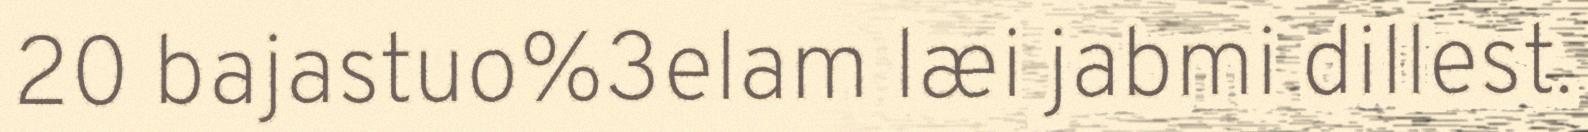
20 bajastuo%3elam læi jabmi dillest.